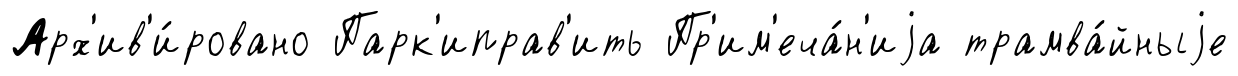
Арх'ив'и́ровано Парк'иправ'ить Пр'им'еча́н'иjа трамва́йныjе